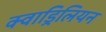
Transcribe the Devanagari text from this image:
क्वाड्रिलियन